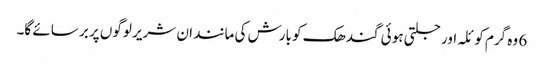
6 وہ گرم کو ئلہ اور جلتی ہو ئی گندھک کو بارش کی مانند ان شریر لوگوں پر بر سائے گا۔